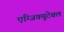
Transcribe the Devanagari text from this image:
एग्जिक्यूटेबल